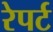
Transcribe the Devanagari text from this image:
रेपर्ट